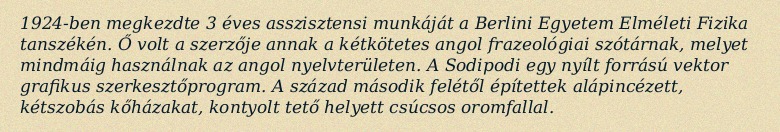
1924-ben megkezdte 3 éves asszisztensi munkáját a Berlini Egyetem Elméleti Fizika tanszékén. Ő volt a szerzője annak a kétkötetes angol frazeológiai szótárnak, melyet mindmáig használnak az angol nyelvterületen. A Sodipodi egy nyílt forrású vektor grafikus szerkesztőprogram. A század második felétől építettek alápincézett, kétszobás kőházakat, kontyolt tető helyett csúcsos oromfallal.